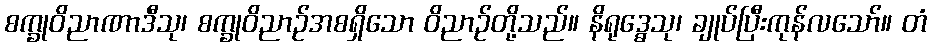
စက္ခုဝိညာဏာဒီသု၊ စက္ခုဝိညာဉ်အစရှိသော ဝိညာဉ်တို့သည်။ နိရုဒ္ဓေသု၊ ချုပ်ပြီးကုန်လသော်။ တံ